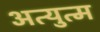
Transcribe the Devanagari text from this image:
अत्युत्म